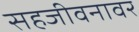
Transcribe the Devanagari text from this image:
सहजीवनावर